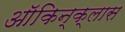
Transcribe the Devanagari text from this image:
ऑकिन्क्लास